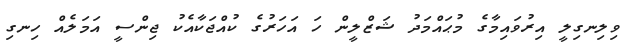
ވިލިނގިލީ އިރުވައިމާގެ މުޙައްމަދު ޝަޒްލީން ހަ އަހަރުގެ ކުއްޖަކާއެކު ޖިންސީ އަމަލެއް ހިނގި